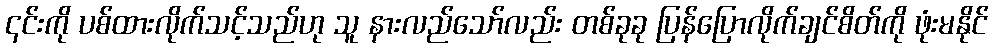
၎င်းကို ပစ်ထားလိုက်သင့်သည်ဟု သူ နားလည်သော်လည်း တစ်ခုခု ပြန်ပြောလိုက်ချင်စိတ်ကို ဖုံးမနိုင်